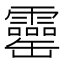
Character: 𦉣